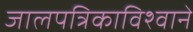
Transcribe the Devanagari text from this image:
जालपत्रिकाविश्वाने